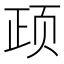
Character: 𲊺